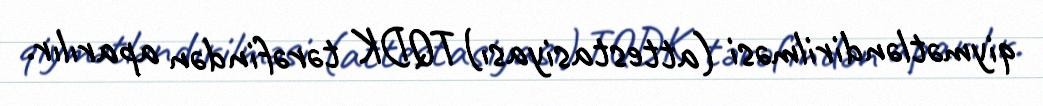
qiymətləndirilməsi (attestasiyası) TQDK tərəfindən aparılır.